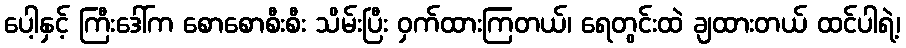
ပေါ့နှင့် ကြီးဒေါ်က စောစောစီးစီး သိမ်းပြီး ဝှက်ထားကြတယ်၊ ရေတွင်းထဲ ချထားတယ် ထင်ပါရဲ့၊